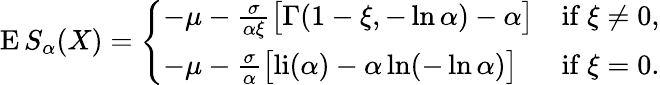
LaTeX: \operatorname{E}S_{\alpha}(X)={\left\{ \begin{array}{ll}{-\mu-{\frac{\sigma}{\alpha\xi}}{\big[}\Gamma(1-\xi,-\ln\alpha)-\alpha{\big]}}&{{\mathrm{if~}}\xi\neq 0,}\\ {-\mu-{\frac{\sigma}{\alpha}}{\big[}{\mathrm{li}}(\alpha)-\alpha\ln(-\ln\alpha){\big]}}&{{\mathrm{if~}}\xi=0.}\end{array}\right.}